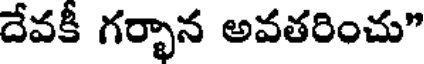
దేవకీ గర్భాన అవతరించు"